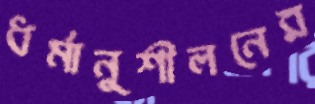
ধর্মানুশীলনের